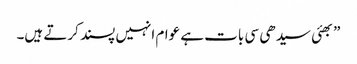
”بھئی سیدھی سی بات ہے عوام انہیں پسند کرتے ہیں۔